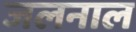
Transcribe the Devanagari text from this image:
जलनाल